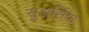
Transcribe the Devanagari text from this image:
सुअर्सिया